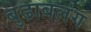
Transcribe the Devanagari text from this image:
बुढाबलंग